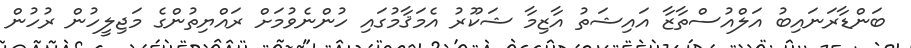
ބަންޑާރަނައިބު އަލްއުސްތާޒާ އައިޝަތު އާޒިމާ ޝަކޫރު އެމަޤާމުގައި ހުންނެވުމަށް ރައްޔިތުންގެ މަޖިލީހުން ރުހުން